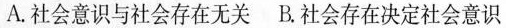
A.社会意识与社会存在无关B.社会存在决定社会意识